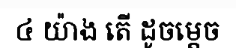
៤ យ៉ាង តើ ដូចម្តេច